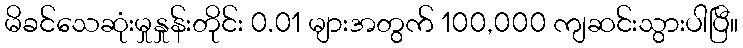
မိခင်သေဆုံးမှုနှုန်းတိုင်း 0.01 များအတွက် 100,000 ကျဆင်းသွားပါပြီ။